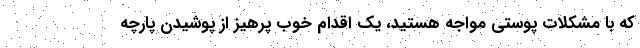
که با مشکلات پوستی مواجه هستید، یک اقدام خوب پرهیز از پوشیدن پارچه